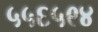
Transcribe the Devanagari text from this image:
५५६५९४